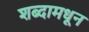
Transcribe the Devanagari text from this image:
शब्दामधून